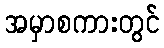
အမှာစကားတွင်